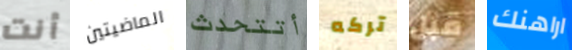
أنت الماضيتين أتتحدث تركه قبل اراهنك